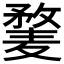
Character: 𱋥